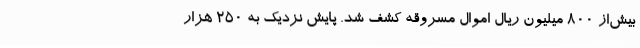
بیش‌از ۸۰۰ میلیون ریال اموال مسروقه کشف شد. پایش نزدیک به ۲۵۰ هزار